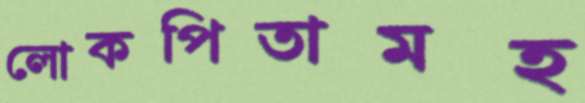
লোকপিতামহ